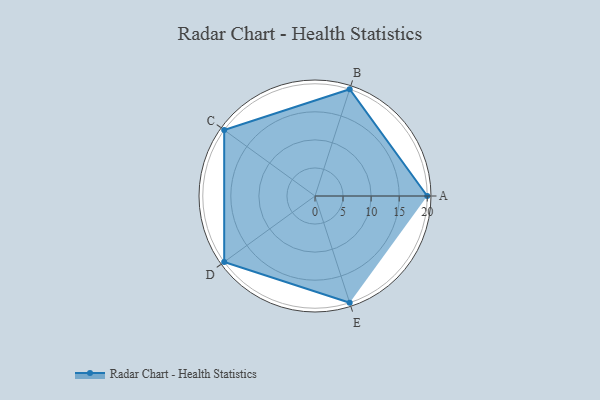
{"axis": {"x": "Skill", "y": "Score"}, "legend": ["Profile"], "data": [{"x": "A", "y": 20, "type": "Profile"}, {"x": "B", "y": 20, "type": "Profile"}, {"x": "C", "y": 20, "type": "Profile"}, {"x": "D", "y": 20, "type": "Profile"}, {"x": "E", "y": 20, "type": "Profile"}]}